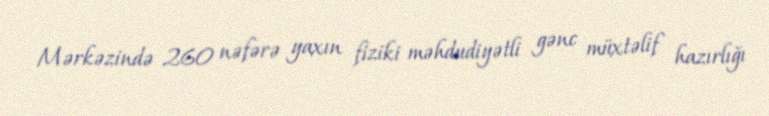
Mərkəzində 260 nəfərə yaxın fiziki məhdudiyətli gənc müxtəlif hazırlığı